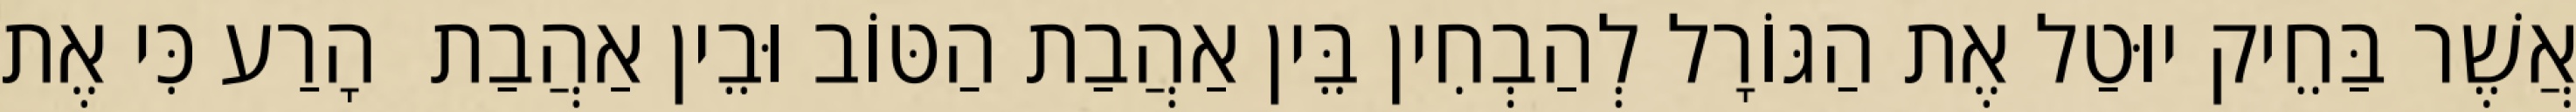
אֲשֶׁר בַּחֵיק יוּטַל אֶת הַגּוֹרָל לְהַבְחִין בֵּין אַהֲבַת הַטּוֹב וּבֵין אַהֲבַת  הָרַע כִּי אֶת